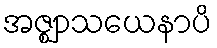
အဇ္ဈာသယေနာပိ